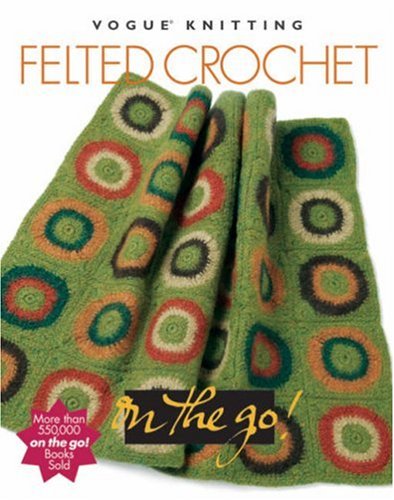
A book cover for VogueÂ® Knitting on the Go! Felted Crochet; Crafts, Hobbies & Home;